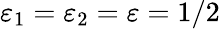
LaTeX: \varepsilon_{1}=\varepsilon_{2}=\varepsilon=1/2